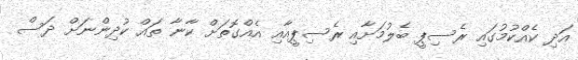
އަދި ކެއްކުމުގައި ރެސިޕީ ބެލުމަށާއި ރެސިޕީއާއި އެއްގޮތަށް ކާނާ ތައް ކުދިންނަށް ދަސް